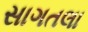
સાગતલા